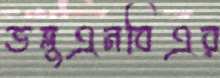
ডব্লুএনবিএর